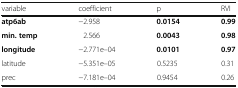
<table><thead><tr><td><b>variable</b></td><td><b>coefficient</b></td><td><b>p</b></td><td><b>RVI</b></td></tr></thead><tbody><tr><td><b>atp6ab</b></td><td>−2.958</td><td><b>0.0154</b></td><td><b>0.99</b></td></tr><tr><td><b>min. temp</b></td><td>2.566</td><td><b>0.0043</b></td><td><b>0.98</b></td></tr><tr><td><b>longitude</b></td><td>−2.771e–04</td><td><b>0.0101</b></td><td><b>0.97</b></td></tr><tr><td>latitude</td><td>−5.351e–05</td><td>0.5235</td><td>0.31</td></tr><tr><td>prec</td><td>−7.181e–04</td><td>0.9454</td><td>0.26</td></tr></tbody></table>